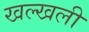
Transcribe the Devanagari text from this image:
खल्खली